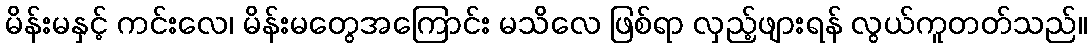
မိန်းမနှင့် ကင်းလေ၊ မိန်းမတွေအကြောင်း မသိလေ ဖြစ်ရာ လှည့်ဖျားရန် လွယ်ကူတတ်သည်။